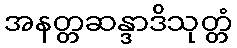
အနတ္တဆန္ဒာဒိသုတ္တံ